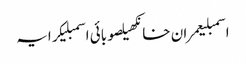
اسمبلیعمران خانکھیلصوبائی اسمبلیکرایہ